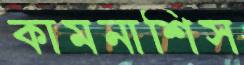
কামনাশিস